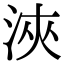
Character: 浹